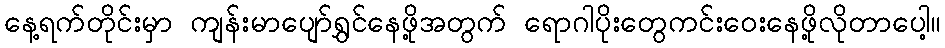
နေ့ရက်တိုင်းမှာ ကျန်းမာပျော်ရွှင်နေဖို့အတွက် ရောဂါပိုးတွေကင်းဝေးနေဖို့လိုတာပေါ့။